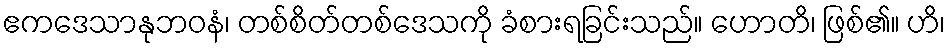
ဧကဒေသာနုဘဝနံ၊ တစ်စိတ်တစ်ဒေသကို ခံစားရခြင်းသည်။ ဟောတိ၊ ဖြစ်၏။ ဟိ၊